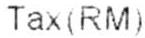
TAX(RM)